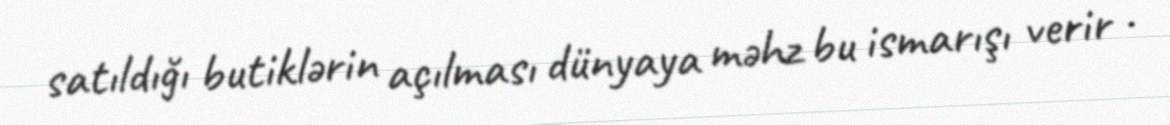
satıldığı butiklərin açılması dünyaya məhz bu ismarışı verir .